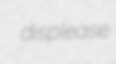
displease